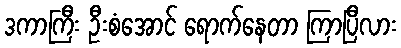
ဒကာကြီး ဦးစံအောင် ရောက်နေတာ ကြာပြီလား